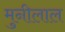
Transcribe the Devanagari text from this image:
मुनीलाल